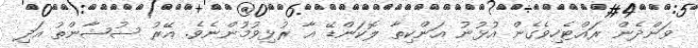
ވަންދެން ރައްޓެހިވެގެން އުޅުނު އަންކިތާ ލޮކަންޑޭ އާ ރުޅިވުމުންނެވެ. އޭރު ސުޝާންތު އަދި